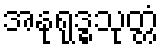
အနုရုဒ္ဓသုတ္တံ